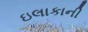
ઇલાકાની